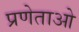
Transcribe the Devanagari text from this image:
प्रणेताओ